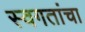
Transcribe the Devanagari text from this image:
स्वगतांचा